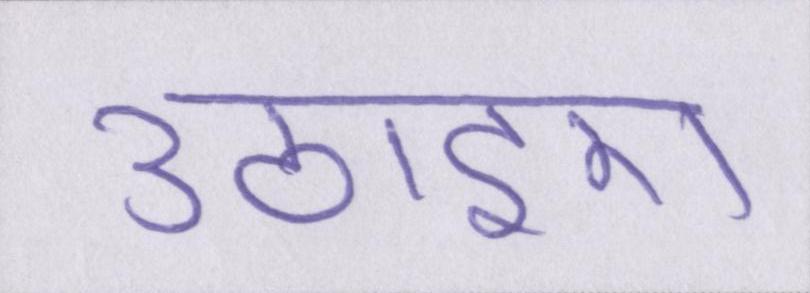
उठाइए